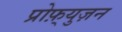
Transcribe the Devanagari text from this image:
प्रोफ़्युज़न